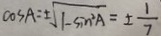
\cos A = \pm \sqrt { 1 - \sin ^ { 2 } A } = \pm \frac { 1 } { 7 }